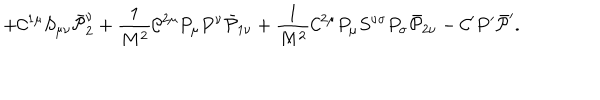
+ { \cal C } ^ { 1 \mu } S _ { \mu \nu } \bar { \cal P } _ { 2 } ^ { \nu } + \frac { 1 } { M ^ { 2 } } { \cal C } ^ { 2 \mu } P _ { \mu } P ^ { \nu } \bar { \cal P } _ { 1 \nu } + \frac { 1 } { M ^ { 2 } } { \cal C } ^ { 2 \mu } P _ { \mu } S ^ { \nu \sigma } P _ { \sigma } \bar { \cal P } _ { 2 \nu } - { \cal C } ^ { \prime } P ^ { \prime } \bar { \cal P } ^ { \prime } .